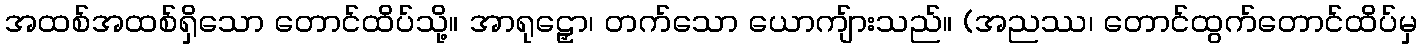
အထစ်အထစ်ရှိသော တောင်ထိပ်သို့။ အာရုဠှော၊ တက်သော ယောကျ်ားသည်။ (အညဿ၊ တောင်ထွက်တောင်ထိပ်မှ